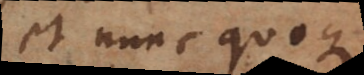
et nunc quoque